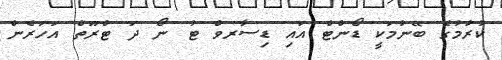
ކުރުމުގެ ބޭނުމަކީ ޑޯންޓް އައި ޑިސާރވް ޓު ނޯ ދަ ޓްރޫތް އަހަރެން